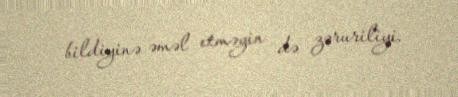
bildiyinə əməl etməyin də zəruriliyi.